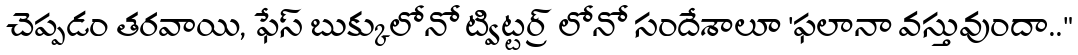
చెప్పడం తరవాయి, ఫేస్ బుక్కులోనో ట్విట్టర్ర్ లోనో సందేశాలూ 'ఫలానా వస్తువుందా.."